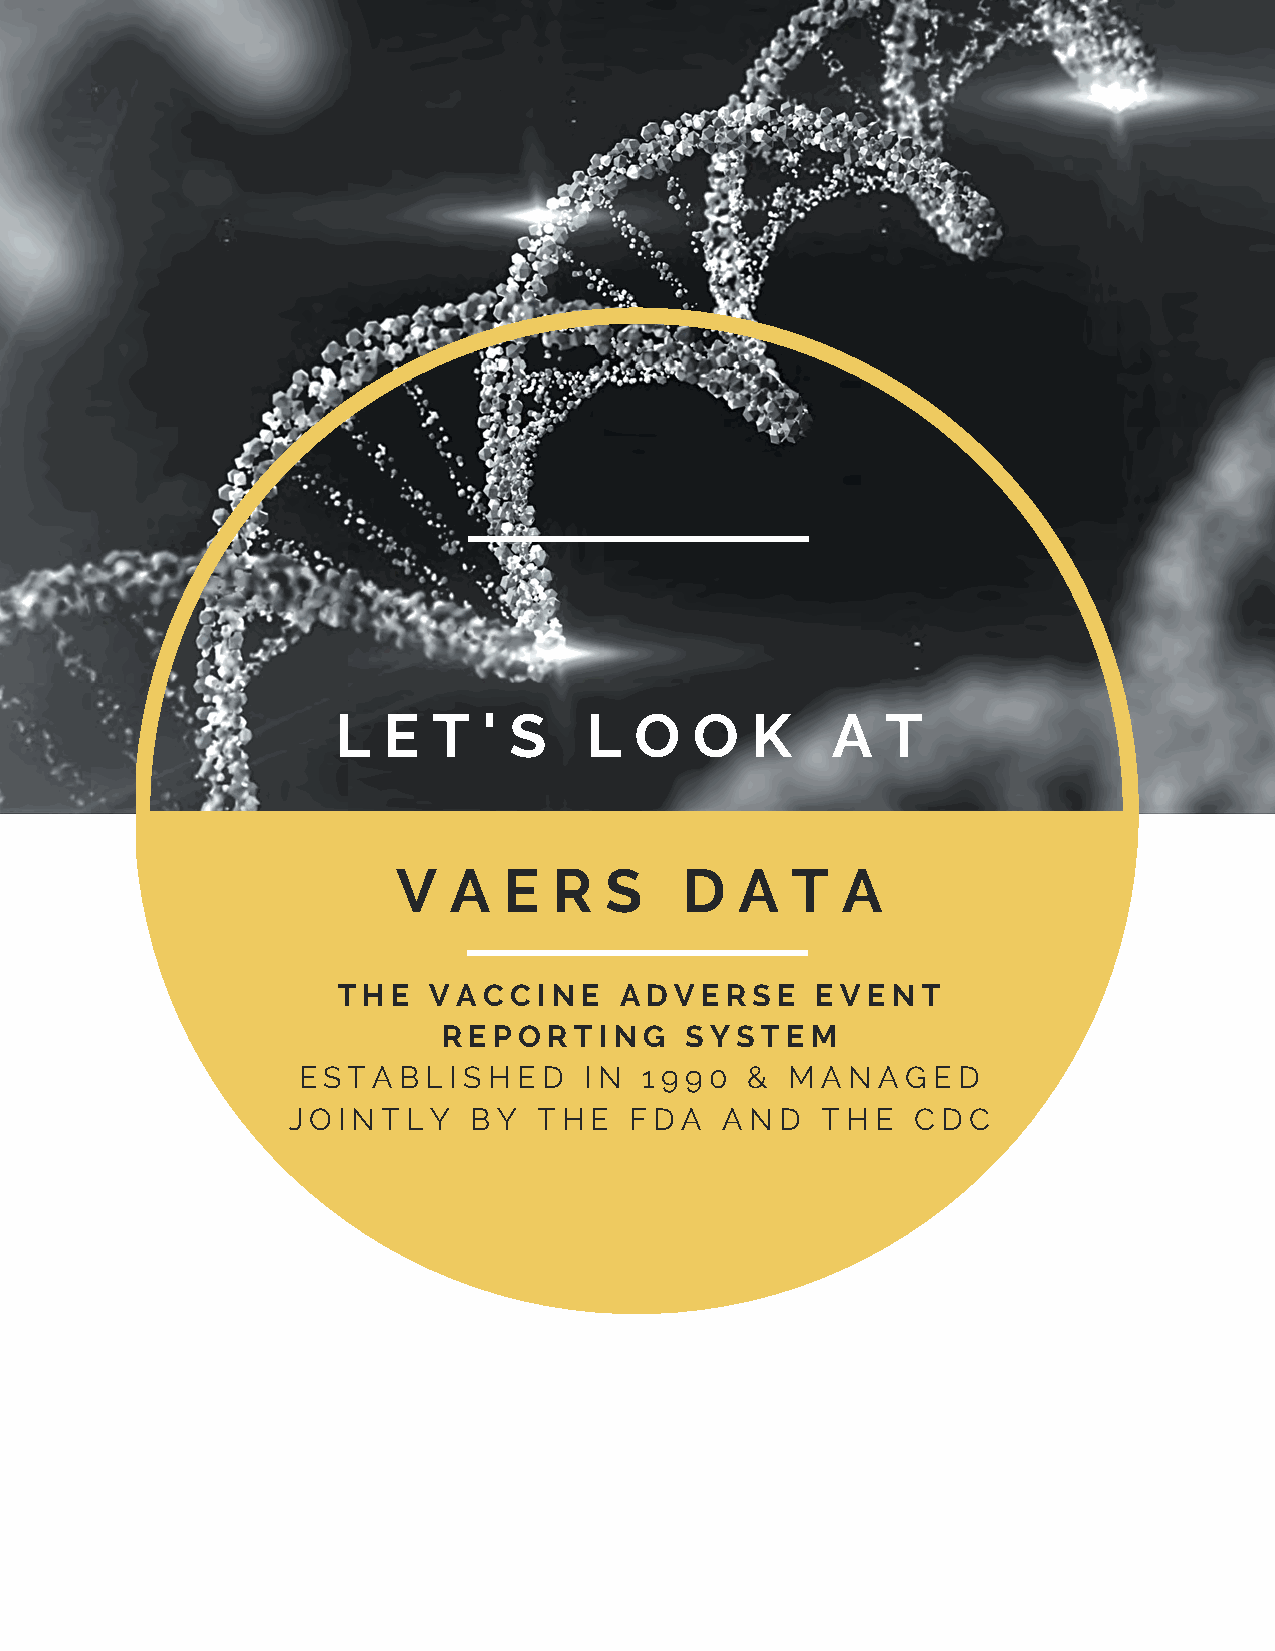
L  E   T  ' S    L  O   O   K    A   T
 V   A  E   R  S    D   A  T   A
 T H E V A C C I N E A D V E R S E E V E N T
 R E P O R T I N G S Y S T E M
 E S T A B L I S H E D I N 1 9 9 0 & M A N A G E D
 J O I N T L Y B Y T H E F D A A N D T H E C D C